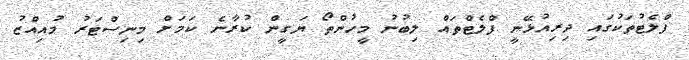
ފްލެޓުތަކުގައި ދިރިއުޅޭނީ ފްލެޓްތައް ލިބުނު މީހުންތޯ ޔަގީން ކުރާނެ ކަމަށް މިނިސްޓަރު މުއިއްޒު